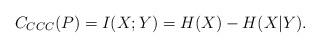
LaTeX: \begin{align*}C_{CCC}(P) = I(X;Y) = H(X) - H(X|Y) .\end{align*}